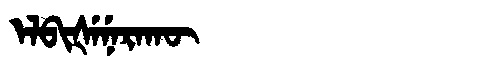
Manchu: ᡝᠯᠪᡳᡧᡝᠨᡝᡵᠠᡴᡡ
Romanization: ELBIŠENERAKŪ